King Institute of Preventive Medicine Bacteriolog. Section reports 1907-08
Year: 1907
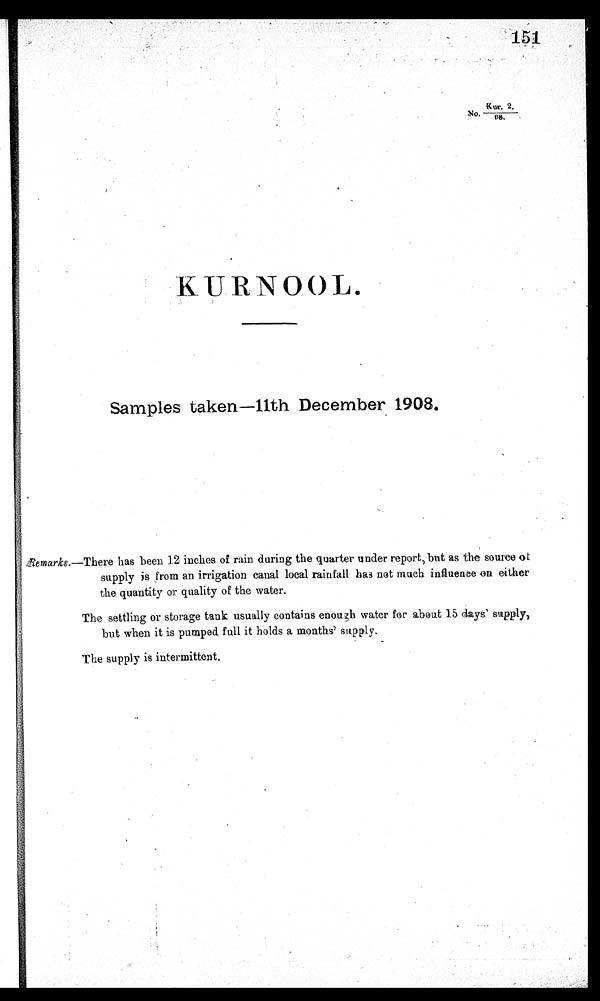
151
N O . K u r .2.
/08.
KURNOOL
Samples taken—11th December 1908.
R e m a r k s .
— T h e r e
h a s b e e n 1 2 i n c h e s o f r a i n d u r i n g t h e q u a r t e r u n d e r r e p o r t , b u t a s t h e s o u r c e o f
supply is from an irrigation canal local rainfall has not much influence on either
the quantity or quality of the water.
The settling or storage tank usually contains enough water for about 15 days supply,
but when it is pumped full it holds a months' supply,
The supply is intermittent.